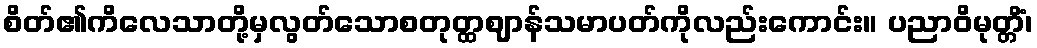
စိတ်၏ကိလေသာတို့မှလွတ်သောစတုတ္ထဈာန်သမာပတ်ကိုလည်းကောင်း။ ပညာဝိမုတ္တိံ၊